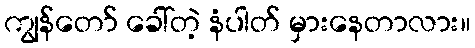
ကျွန်တော် ခေါ်တဲ့ နံပါတ် မှားနေတာလား။